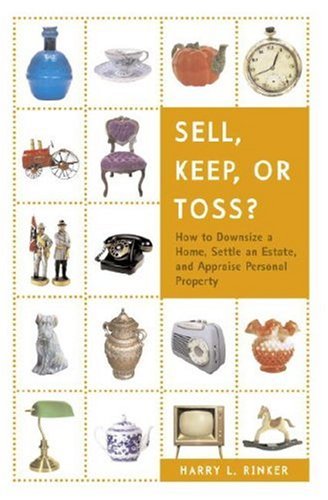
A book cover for Sell, Keep, or Toss?: How to Downsize a Home, Settle an Estate, and Appraise Personal Property; Harry L. Rinker; Reference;